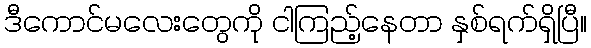
ဒီကောင်မလေးတွေကို ငါကြည့်နေတာ နှစ်ရက်ရှိပြီ။